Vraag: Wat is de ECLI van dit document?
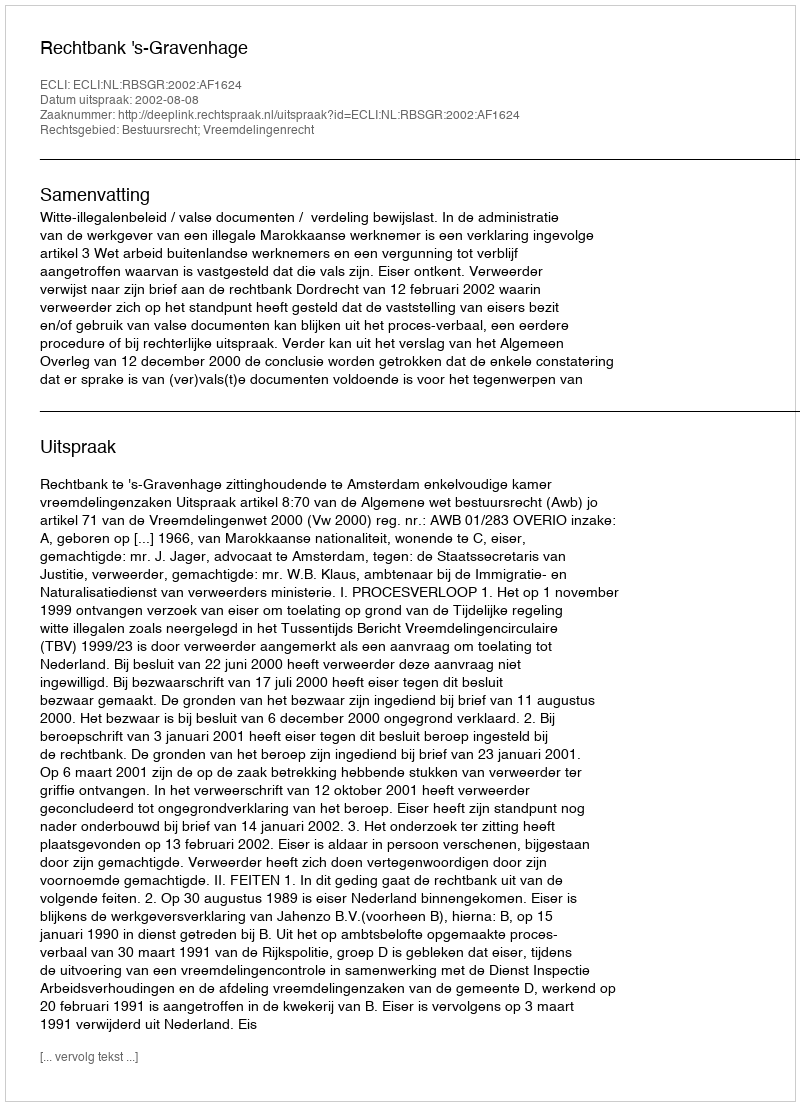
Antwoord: ECLI:NL:RBSGR:2002:AF1624